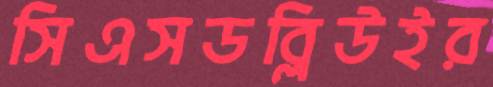
সিএসডব্লিউইর